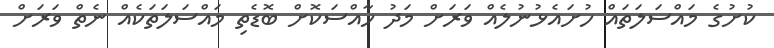
ކުށުގެ މައްސަލަތައް ހުށައެޅުނުލެއް ވަރަށް މަދު ހާއްސަކޮށް ބޮޑެތި މައްސަލަތަކެއް ނެތް ވަރަށް